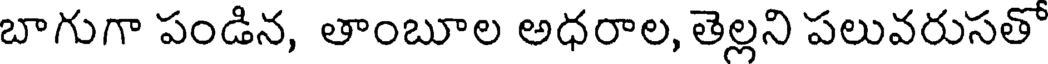
బాగుగా పండిన, తాంబూల అధరాల, తెల్లని పలువరుసతో